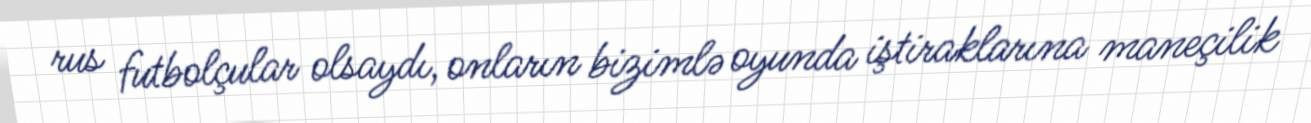
rus futbolçular olsaydı, onların bizimlə oyunda iştiraklarına maneçilik